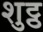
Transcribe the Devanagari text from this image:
शुट्ठ